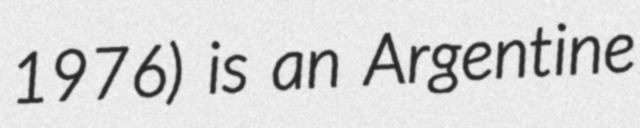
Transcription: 1976) is an Argentine